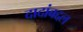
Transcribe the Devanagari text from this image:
दादांबद्दल